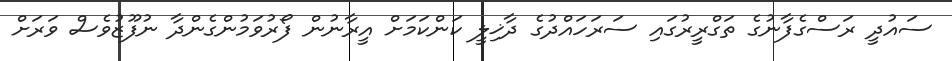
ސައުދީ ރަސްގެފާނުގެ ތަގްރީރުގައި ސަރަހައްދުގެ ދާޚިލީ ކަންކަމަށް އީރާނުން ފޯރުވަމުންގެންދާ ނުފޫޒުވެސް ވަރަށް